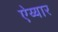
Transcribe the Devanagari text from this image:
ऐय्यार